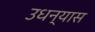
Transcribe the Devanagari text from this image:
उधन्यास